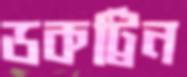
ডকট্রিন